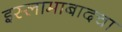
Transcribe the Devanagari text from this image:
इस्लामाबादचा